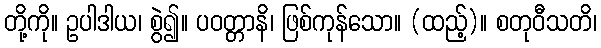
တို့ကို။ ဥပါဒါယ၊ စွဲ၍။ ပဝတ္တာနိ၊ ဖြစ်ကုန်သော။ (ထည့်)။ စတုဝီသတိ၊